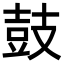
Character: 鼓